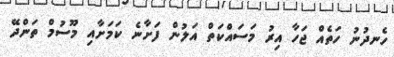
ހެނދުނު ހަތެއް ޖަހާ އިރު މަސައްކަތް އަލުން ފަށާނެ ކަމަށާއި މޫސުމް ތަންދޭ